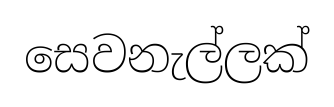
සෙවනැල්ලක්